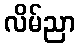
လိမ်ညာ